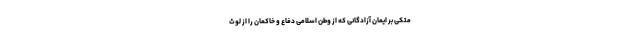
متکی بر ایمان آزادگانی که از وطن اسلامی دفاع و خاکمان‌ را از لوث